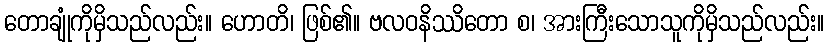
တောချုံကိုမှိသည်လည်း။ ဟောတိ၊ ဖြစ်၏။ ဗလဝနိဿိတော စ၊ အားကြီးသောသူကိုမှိသည်လည်း။